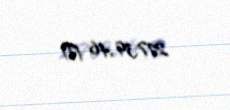
27739,46 ₼